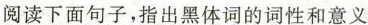
阅读下面句子，指出黑体词的词性和意义